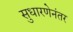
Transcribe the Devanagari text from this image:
सुधारणेनंतर